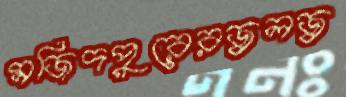
মজিদপুরেরজ্বলজ্ব